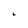
Character: b